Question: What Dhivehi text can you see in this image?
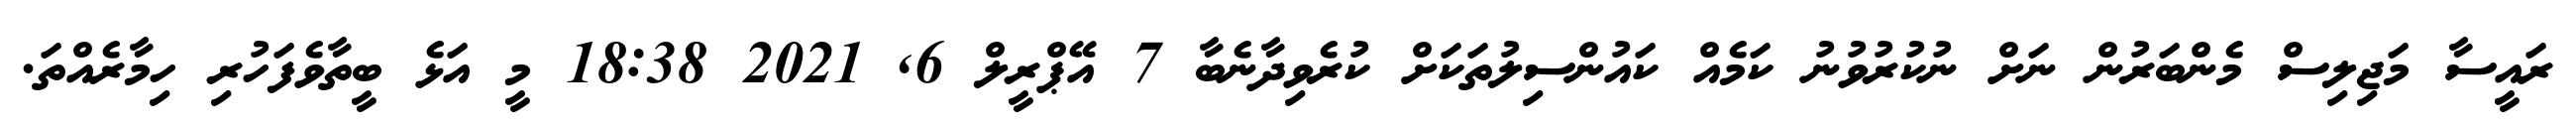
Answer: ރައީސާ މަޖިލިސް މެންބަރުން ނަށް ނުކުރުވުނު ކަމެއް ކައުންސިލުތަކަށް ކުރެވިދާނެބާ 7 އޭޕްރީލް 6, 2021 18:38 މީ އަޅެ ބީތާވެފަހުރި ހިމާރެއްތަ.